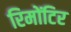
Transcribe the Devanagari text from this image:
रिमोंटिर